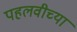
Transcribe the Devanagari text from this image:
पहलवीच्या